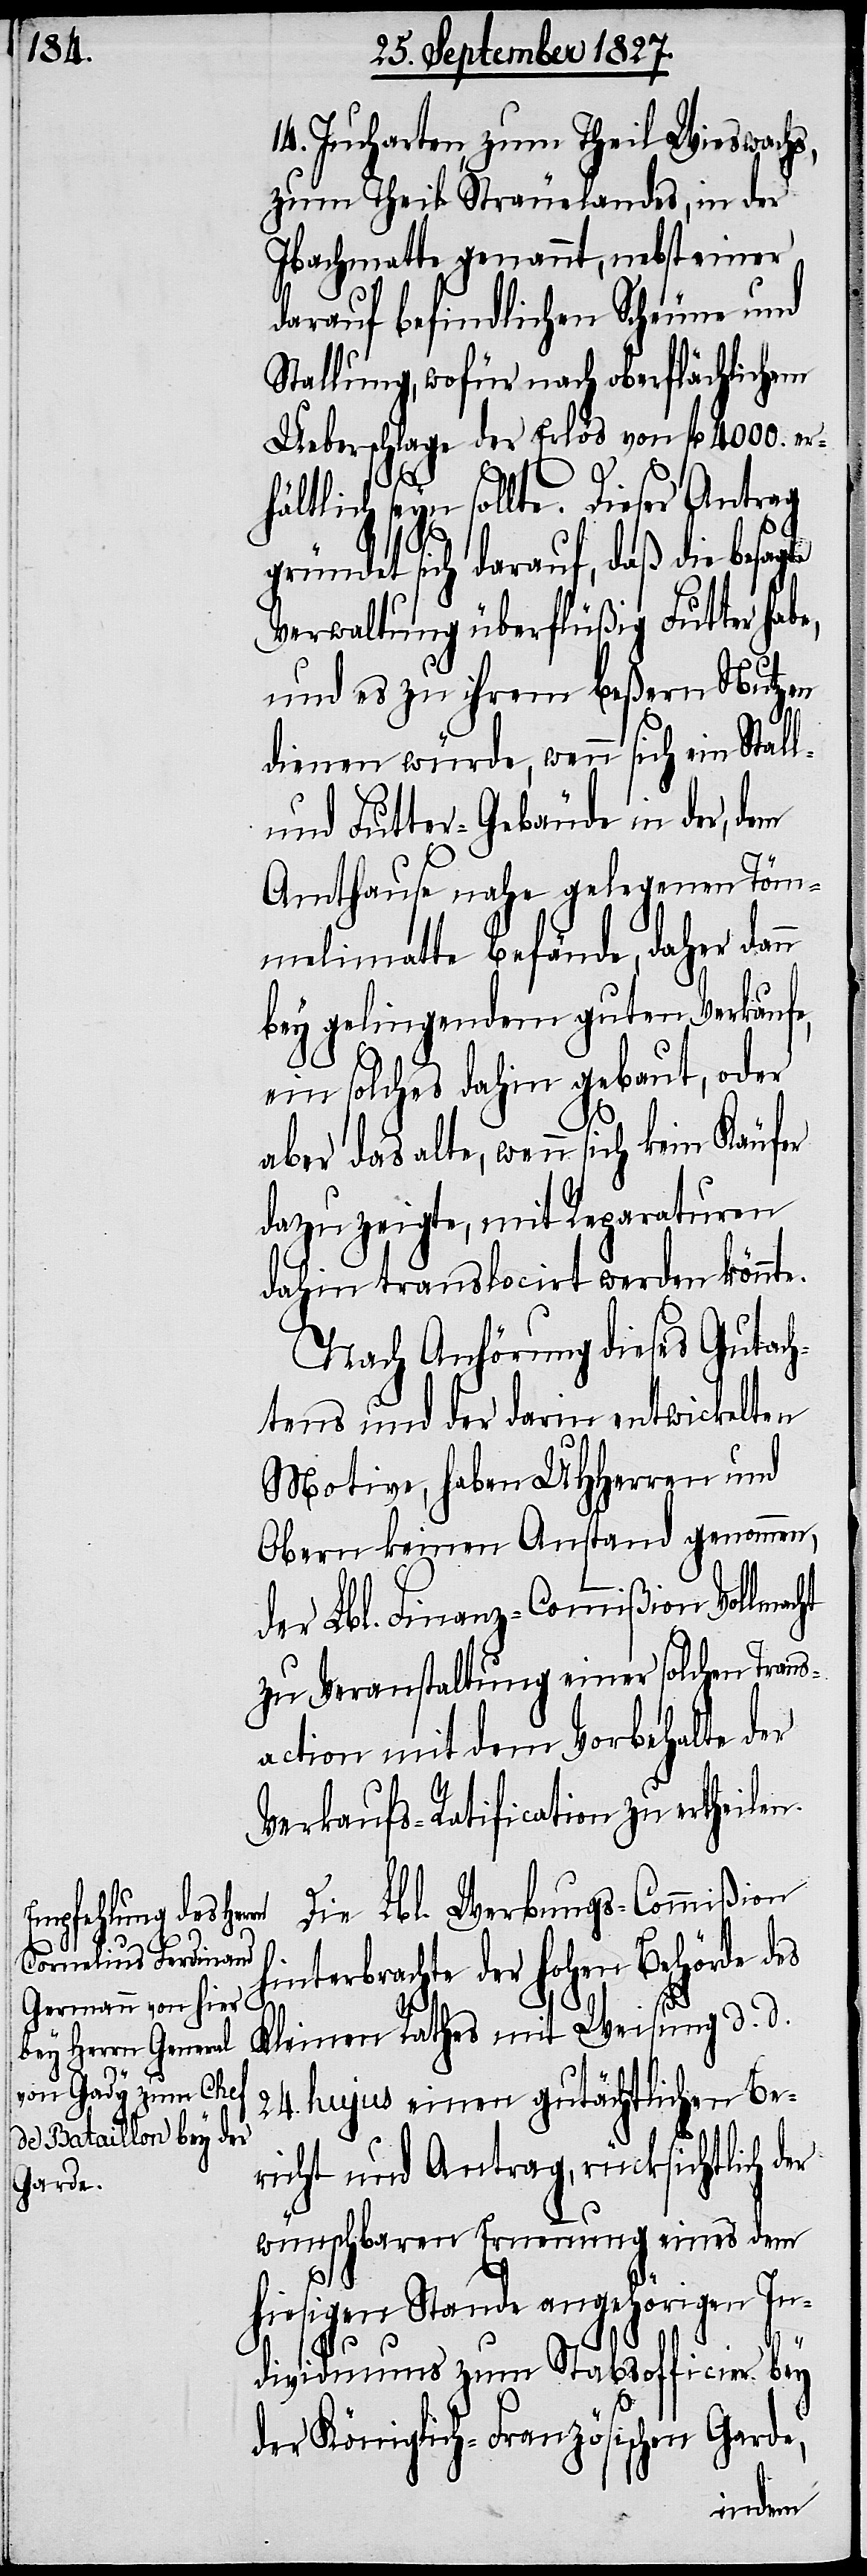
14. Jucharten, zum Theil Wieswachs,
zum Theil Sträuelandes, in der
Ibachmatte genannt, nebst einer
darauf befindlichen Scheune und
Stallung, wofür nach oberflächlichem
Ueberschlage der Erlös von fl. 4000. er¬
ht
hi¬
hältlich seyn sollte. Dieser Antrag
gründet sich darauf, daß die besagte
Verwaltung überflüßig Futter habe,
und es zu ihrem beßern Nutzen
dienen würde, wenn sich ein Stall-
und Futter-Gebäude in der, dem
Amthause nahe gelegenen Töm¬
melimatte befände, daher dann
bey gelingendem guten Verkaufe,
ein solches dahin gebaut, oder
aber das alte, wenn sich kein Käufer
dazu zeigte, mit Reparaturen
dahin translocirt werden könnte.
Nach Anhörung dieses Gutach¬
tens und der darin entwickelten
Motive, haben UHHerren und
Obern keinen Anstand genommen,
der Lbl. Finanz-Commißion Vollmac¬
zu Veranstaltung einer solchen Trans¬
action mit dem Vorbehalte der
Verkaufs-Ratification zu ertheilen.
Die Lbl. Werbungs-Commißion
nterbrachte der hohen Behörde des
Kleinen Rathes mit Weisung d. d.
24. hujus einen gutächtlichen Be¬
richt und Antrag, rücksichtlich d¬
wünschbaren Ernennung eines dem
hiesigen Stande angehörigen In¬
er
dividuums zum Stabsofficier bey
der Königlich-Französischen Garde,